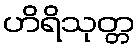
ဟိရိသုတ္တ